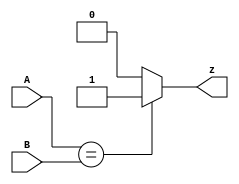
// Code your design here
module Bit_equality ( input [1:0] A, input [1:0] B, output reg z ); 
    always @(*)
        if ( A==B)
            z=1;
    else z=0;
endmodule